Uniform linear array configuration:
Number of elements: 16
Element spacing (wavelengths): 1
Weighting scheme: hamming
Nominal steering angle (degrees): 15
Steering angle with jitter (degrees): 15.572
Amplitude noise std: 0.05
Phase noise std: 0.05

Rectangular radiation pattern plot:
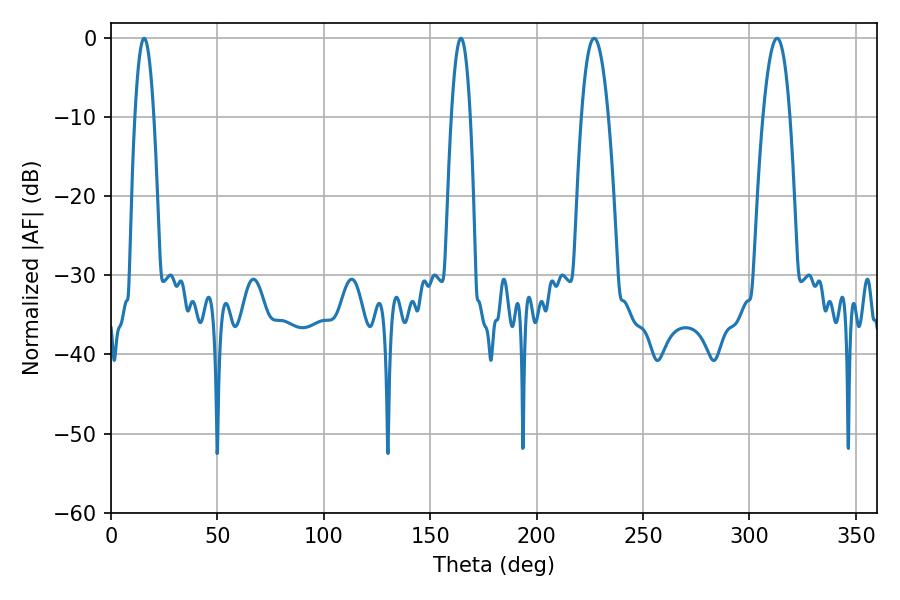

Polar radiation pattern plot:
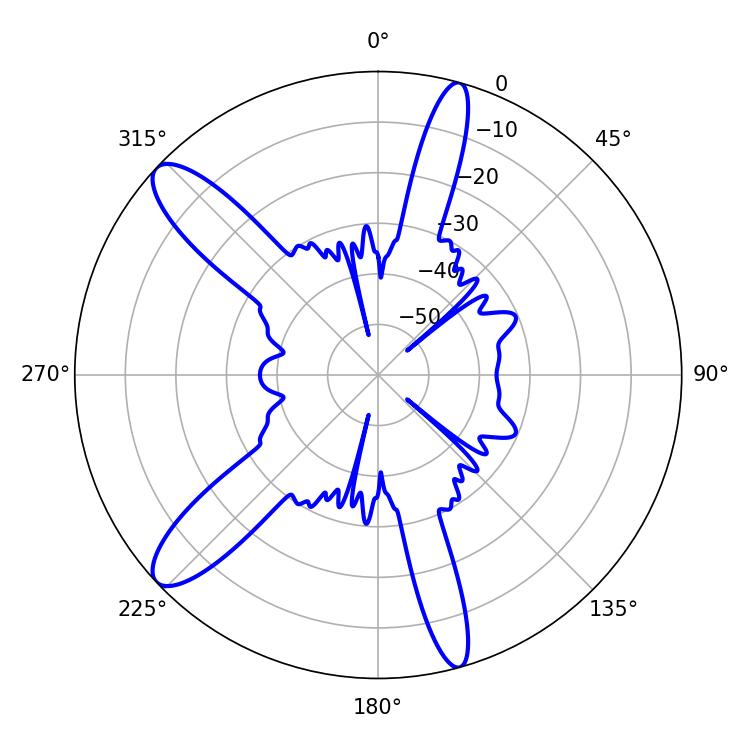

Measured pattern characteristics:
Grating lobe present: TRUE
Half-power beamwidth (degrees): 7.02
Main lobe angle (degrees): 226.98